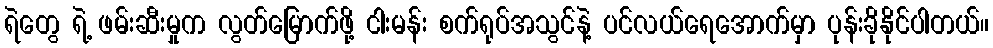
ရဲတွေ ရဲ့ ဖမ်းဆီးမှုက လွတ်မြောက်ဖို့ ငါးမန်း စက်ရုပ်အသွင်နဲ့ ပင်လယ်ရေအောက်မှာ ပုန်းခိုနိုင်ပါတယ်။